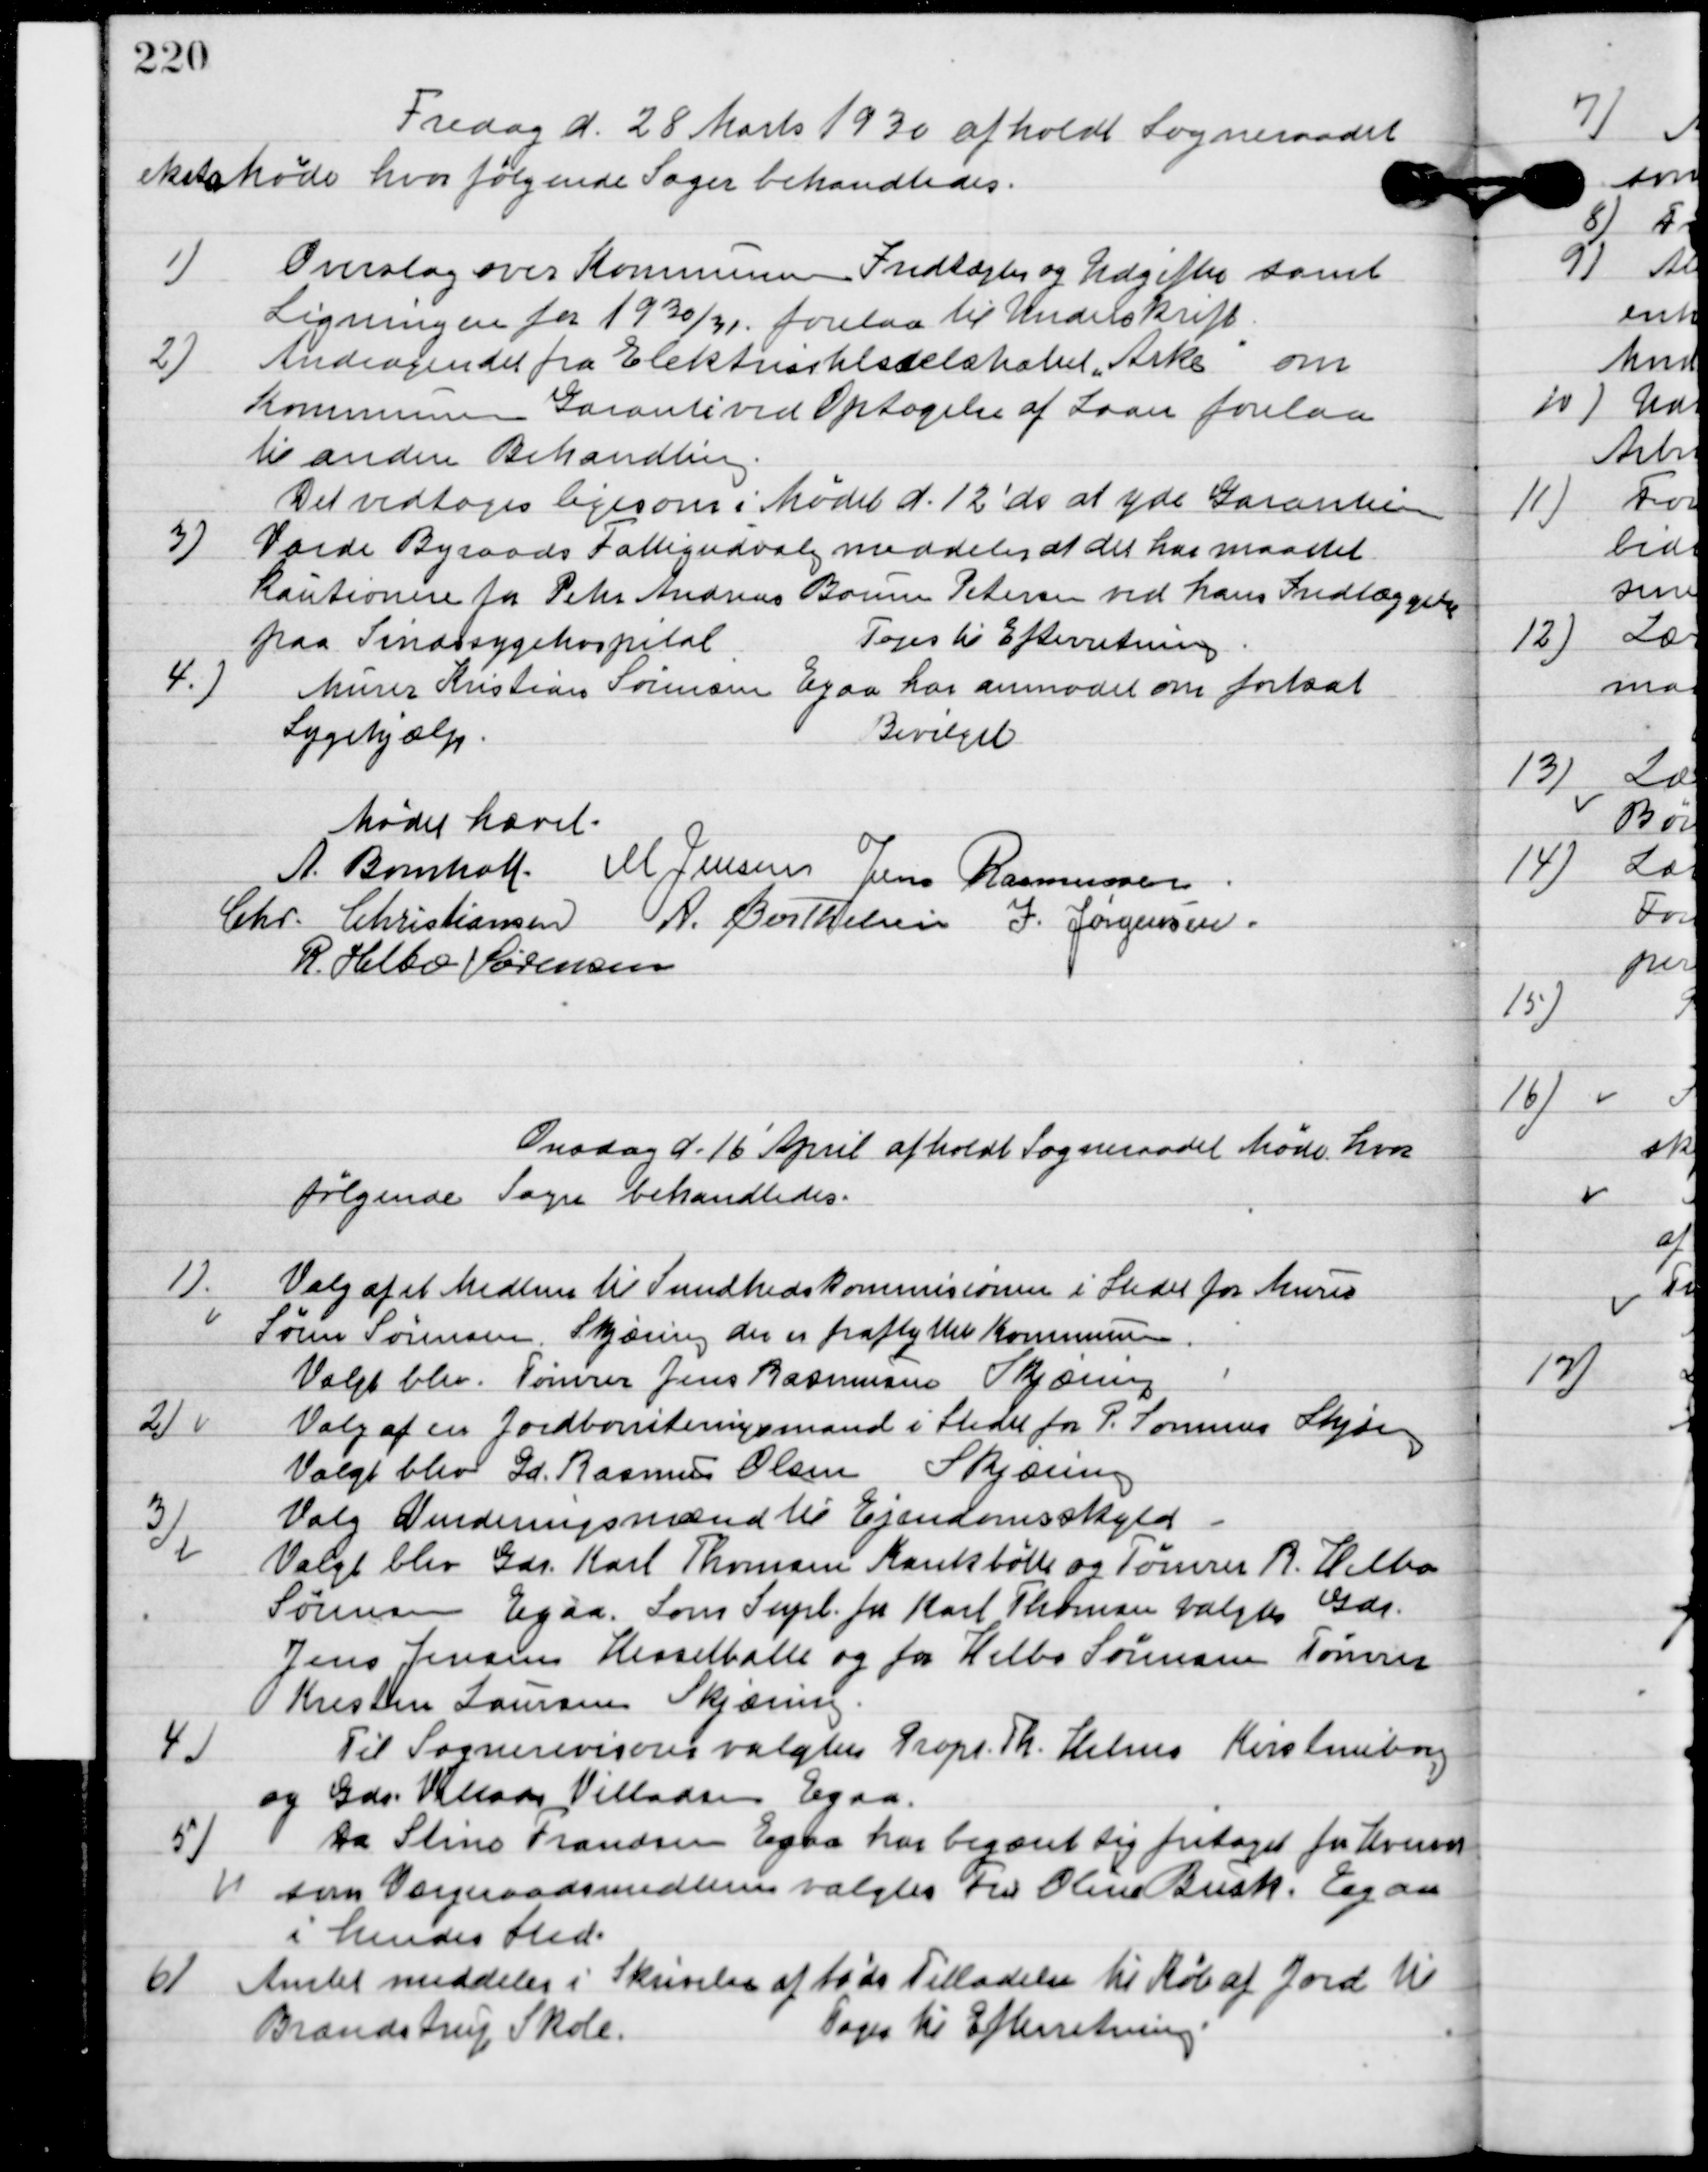
Transskription:
Fredag d. 28. Marts 1930 afholdt Sogneraadet
ekstra Møde hvor følgende sager behandledes.

1

Overslag over Kommunens Indtægter og Udgifter samt
Ligningen for 1930/31 forelaa til Underskrift.

2

Andragendet fra Elektricitetsselskabet ”Arke” om
Kommunens Garanti ved Optagelse af Laan forelaa
til anden Behandling.
Det vedtoges ligesom i Mødet d.12 d.A. at yde Garantien.

3

Varde Byraads Fattigudvalg meddeler at der har maatte
Kautionere for Peter Andersen Borum Petersen ved hans Indlæggelse
paa Sindssygehospital.
Toges til Efterretning.

4

Murer Kristian Sørensen Egaa har anmodet om forsat
Sygehjælp.
Bevilget.

Mødet hævet.

A. Bomholt
M. Jensen
Jens Rasmussen
Chr. Christiansen
A. Berthelsen
I. Jørgensen
R. Helbo Sørensen

Onsdag d. 16 ´April afholdt Sogneraadet Møde hvor
følgende sager behandledes.

1

Valg af et Medlem til Sundhedskommissionen i Stedet for Murer
Søren Sørens Skjæirng der er fraflyttet Kommunen.
Valget blev tømrer Jens Rasmussen Skjæring.

2

Valg af en jordboniteriengsmand i stedet for P. Sommer Skjæirng.
Valgt blev Gdr. Rasmus Olsen, Skjæring.

3

Valg af Vurderingsmænd til ejendomsskyld.
Valgt blev Gdr. Karl Thomsen Kankbølle og tømrer R. Helbo
Sørensen Egaa. Som Supl. For Karl Thomsen valgtes Gdr.
Jens Jensen Hesselballe og for Helbo Sørensen Tømrer
Kresten Laursen Skjæring.

4

Til sognerevisor valgtes Propt. Th. Helms Kirstenborg
og Gdr. Villiam Villadsen Egaa.

5

Da Stine Frandsen Egaa har begæret sig fritaget for hvervet
som Værgeraasmedlem valgtes Fru Olsen Busk, Egaa
i hendes sted.

6

Amtet meddeler i Skrivelse af to ds. Tilladelse til Køb af Jord til
Brandstrup Skole.
Tages til Efterretning.